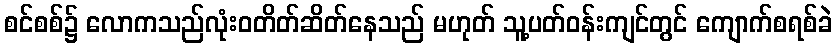
စင်စစ်၌ လောကသည်လုံးဝတိတ်ဆိတ်နေသည် မဟုတ် သူ့ပတ်ဝန်းကျင်တွင် ကျောက်စရစ်ခဲ